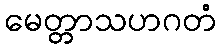
မေတ္တာသဟဂတံ